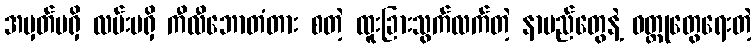
အမှတ်မရှိ လမ်းမရှိ ကီလီဘောတံတား စတဲ့ ထူးခြားသွက်လက်တဲ့ နာမည်တွေနဲ့ ဝတ္ထုတွေရေးတဲ့